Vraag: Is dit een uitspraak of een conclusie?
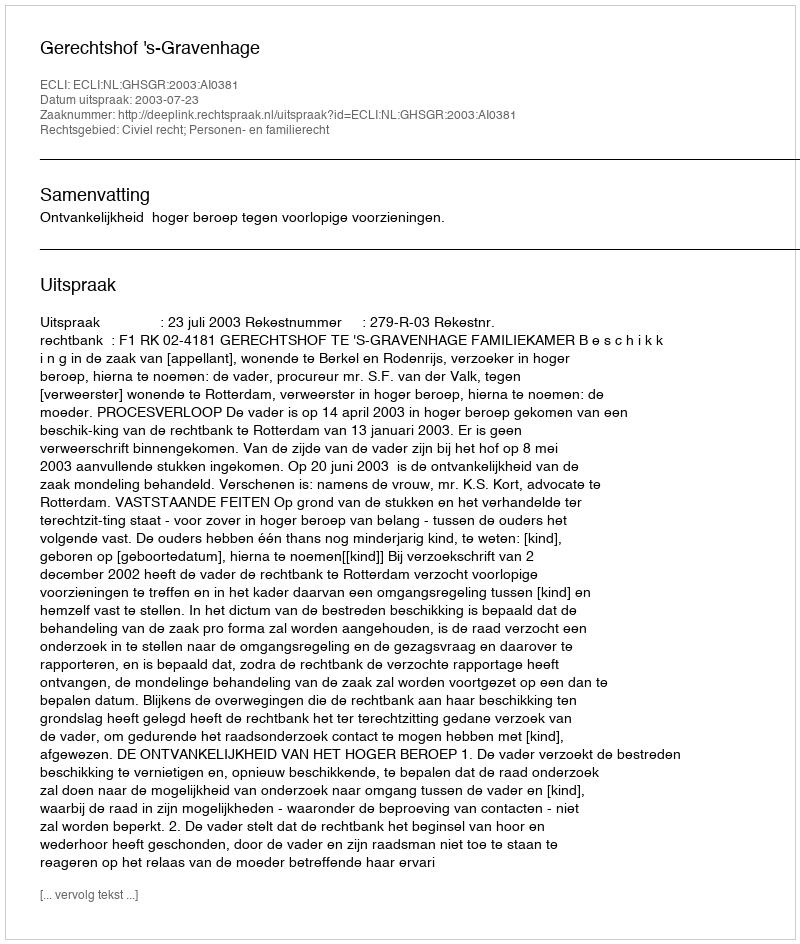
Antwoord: Uitspraak